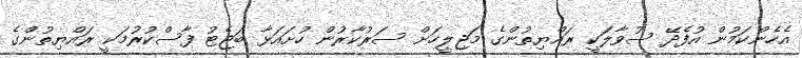
އެހެންކަމުން އުފެދޭ ސުވާލަކީ ރައްޔިތުންގެ މަޖިލީހަށް ސަރުކާރުން ހުށައަޅާ ބަޖެޓު ފާސްކުުރުމަކީ ރައްޔިތުންގެ